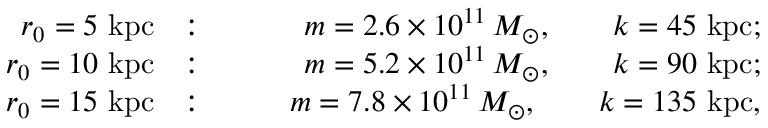
\begin{array} { r l r } { r _ { 0 } = 5 \ \mathrm { k p c } } & { : } & { \qquad m = 2 . 6 \times 1 0 ^ { 1 1 } \, M _ { \odot } , \qquad k = 4 5 \ \mathrm { k p c } ; } \\ { r _ { 0 } = 1 0 \ \mathrm { k p c } } & { : } & { \qquad m = 5 . 2 \times 1 0 ^ { 1 1 } \, M _ { \odot } , \qquad k = 9 0 \ \mathrm { k p c } ; } \\ { r _ { 0 } = 1 5 \ \mathrm { k p c } } & { : } & { \qquad m = 7 . 8 \times 1 0 ^ { 1 1 } \, M _ { \odot } , \qquad k = 1 3 5 \ \mathrm { k p c } , } \end{array}